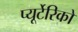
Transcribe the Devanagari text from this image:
प्यूर्टेरिको